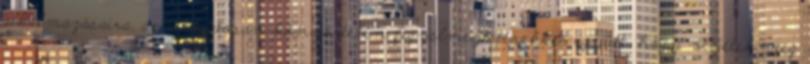
alkalmazásaira, az irtózatosan könyörtelen figyelmeztetésekkel együtt, hogy védjétek meg